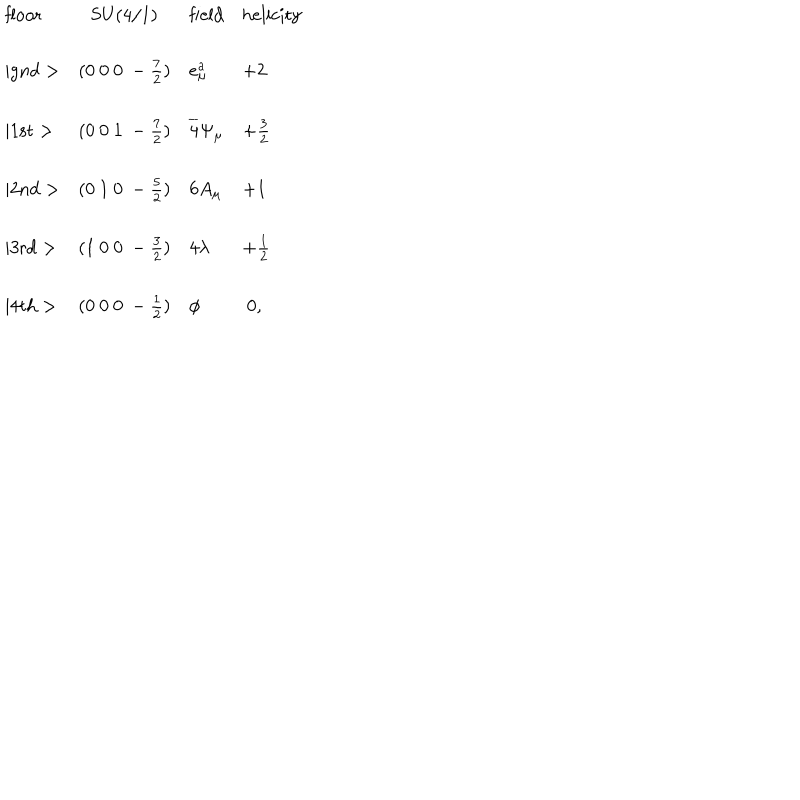
\begin{array} { l c l l } { { \mathrm { f l o o r } } } & { { \mathrm { S U ( 4 / 1 ) } } } & { { \mathrm { f i e l d } } } & { { \mathrm { h e l i c i t y } } } \\ { { \mid \mathrm { g n d } > } } & { { ( 0 ~ 0 ~ 0 ~ - \frac { 7 } { 2 } ) } } & { { e _ { \mu } ^ { a } } } & { { + 2 } } \\ { { \mid \mathrm { 1 s t } > } } & { { ( 0 ~ 0 ~ 1 ~ - \frac { 7 } { 2 } ) } } & { { \overline { { 4 } } \Psi _ { \mu } } } & { { + \frac { 3 } { 2 } } } \\ { { \mid \mathrm { 2 n d } > } } & { { ( 0 ~ 1 ~ 0 ~ - \frac { 5 } { 2 } ) } } & { { 6 A _ { \mu } } } & { { + 1 } } \\ { { \mid \mathrm { 3 r d } > } } & { { ( 1 ~ 0 ~ 0 ~ - \frac { 3 } { 2 } ) } } & { { 4 \lambda } } & { { + \frac { 1 } { 2 } } } \\ { { \mid \mathrm { 4 t h } > } } & { { ( 0 ~ 0 ~ 0 ~ - \frac { 1 } { 2 } ) } } & { { \phi } } & { { ~ 0 , } } \\ \end{array}